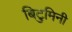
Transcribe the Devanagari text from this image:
बिटुमिनी